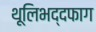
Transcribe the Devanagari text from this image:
थूलिभद्दफाग